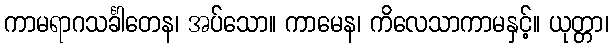
ကာမရာဂသင်္ခါတေန၊ အပ်သော။ ကာမေန၊ ကိလေသာကာမနှင့်။ ယုတ္တာ၊